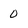
Character: 0